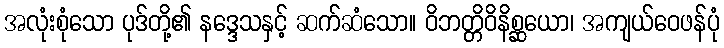
အလုံးစုံသော ပုဒ်တို့၏ နဒ္ဒေသနှင့် ဆက်ဆံသော။ ဝိဘတ္တိဝိနိစ္ဆယော၊ အကျယ်ဝေဖန်ပုံ